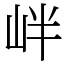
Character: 𡶡